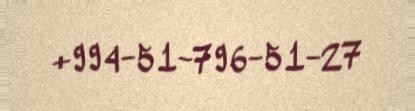
+994-51-796-51-27